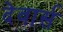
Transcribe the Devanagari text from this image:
देवार्स